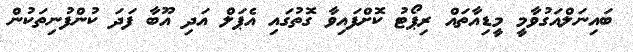
ބައިނަލްއަގުވާމީ މީޑިއާތައް ރިޕޯޓު ކޮށްފައިވާ ގޮތުގައި އެޕަލް އަދި އޫބާ ފަދަ ކުންފުނިތަކުން